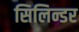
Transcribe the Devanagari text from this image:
सिलिन्डर